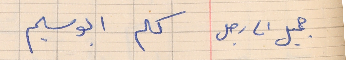
جميل     الى رجل   كلم ابو سليم